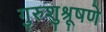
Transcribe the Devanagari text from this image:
गुरुशुश्रूषणे